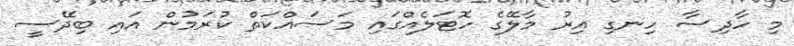
މި ހާދިސާ ހިނގި އިރު މާލޭގެ ހޮޓަލެއްގައި މަސައްކަތް ކުރަމުން އައި ބިދޭސީ